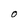
Character: O